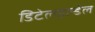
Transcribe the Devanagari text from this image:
डिटेलहान्डेल